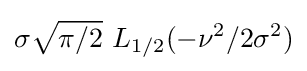
\sigma {\sqrt {\pi /2}}\,\,L_{1/2}(-\nu ^{2}/2\sigma ^{2})